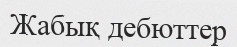
Жабық дебюттер